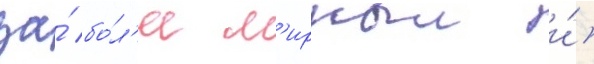
за́ бо́л'ее м'ирныи и́